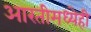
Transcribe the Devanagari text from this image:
आरतीमध्येही